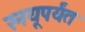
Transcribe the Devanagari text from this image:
स्नयूपर्यंत